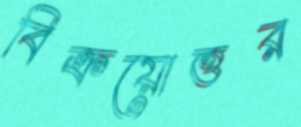
বিক্রয়োত্তর